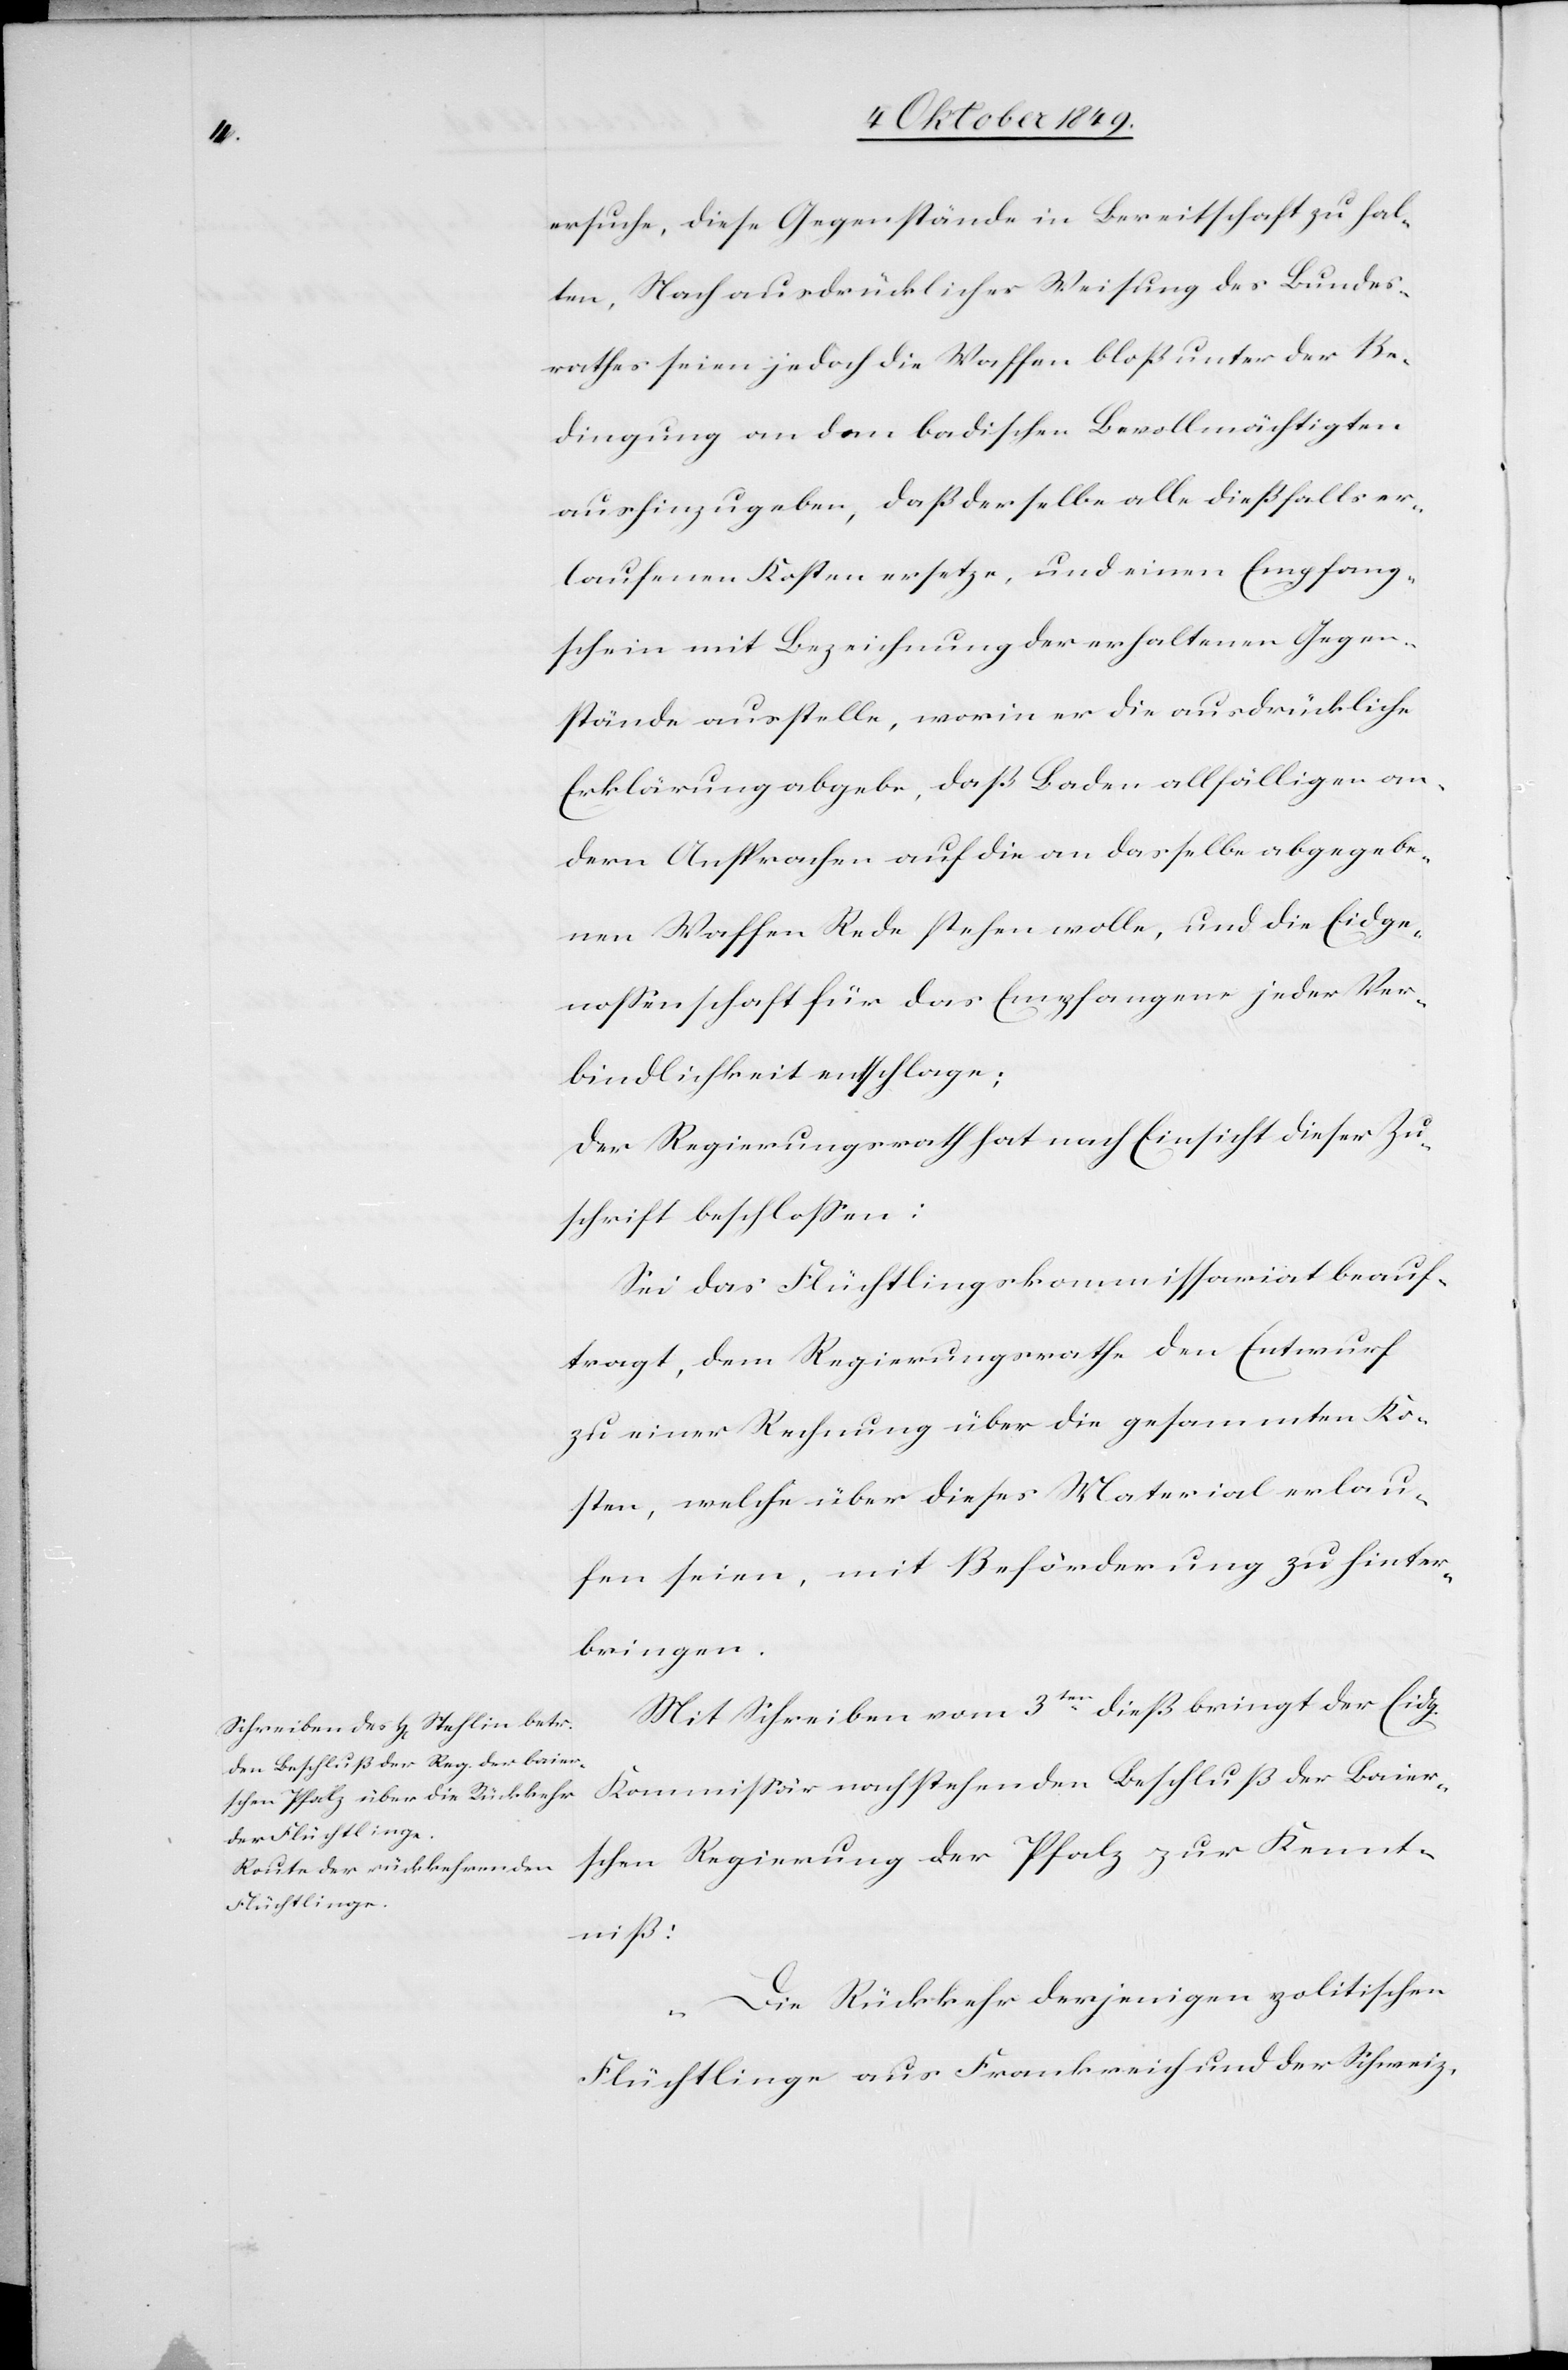
ersuche, diese Gegenstände in Bereitschaft zu hal¬
ten, Nach ausdrücklicher Weisung der Be¬
dingung an den badischen Bevollmächtigten
aushinzugeben, daß derselbe alle dießfalls er¬
laufenen Kosten ersetze, und einen Empfang¬
schein mit Bezeichnung der erhaltenen Gegen¬
stände ausstelle, worin er die ausdrückliche
Erklärung abgebe, daß Baden allfällige an¬
dern Aussprachen auf die an dasselbe abgegebe¬
ne Waffen Rede stehen wolle, und die Eidge¬
nossenschaft für das Empfangene jeder Ver¬
bindlichkeit entschlage;
Der Regierungsrath hat nach Einsicht dieser Zu¬
schrift beschlossen:
Sei das Flüchtlingskommissariat beauf¬
tragt, dem Regierungsrathe den Entwurf
zu einer Rechnung über die gesammten Ko¬
sten, welche über dieses Material erlau¬
fen seien, mit Beförderung zu hinter¬
bringen.
Mit Schreiben vom 3ten dieß bringt der Eidg.
Kommissär nachstehenden Beschluß der Baier¬
schen Regierung der Pfalz zur Kennt¬
niß:
„Die Rückkehr derjenigen politischen
Flüchtlinge aus Frankreich und der Schweiz,